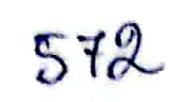
572